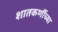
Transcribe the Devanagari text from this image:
शातकर्णीच्या